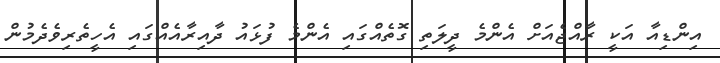
އިންޑިއާ އަކީ ރާއްޖެއަށް އެންމެ ދީލަތި ގޮތެއްގައި އެންމެ ފުޅައު ދާއިރާއެއްގައި އެހީތެރިވެދެމުން